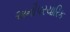
અનૌપરચારિક